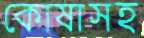
কোষাসহ